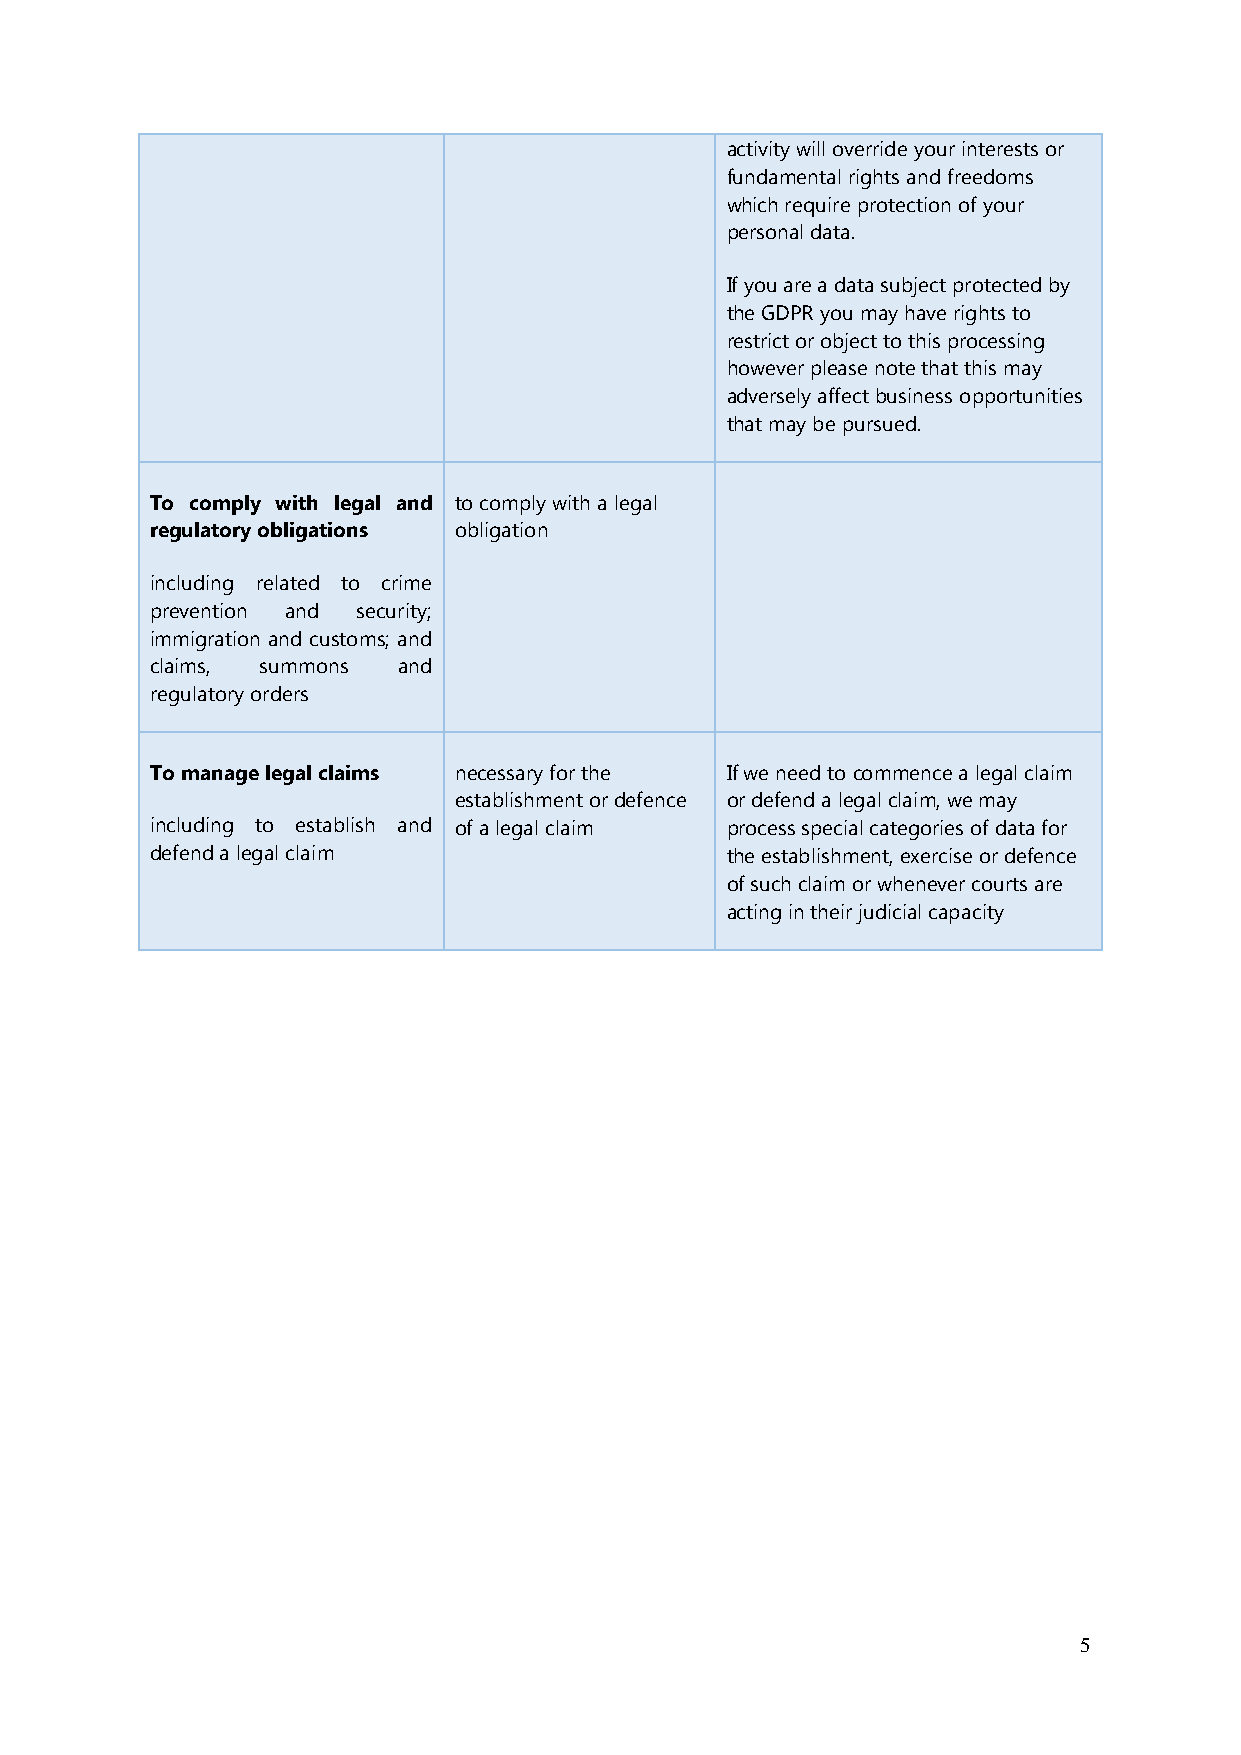
activity will override your interests or
 fundamental rights and freedoms
 which require protection of your
 personal data.
 If you are a data subject protected by
 the GDPR you may have rights to
 restrict or object to this processing
 however please note that this may
 adversely affect business opportunities
 that may be pursued.
 To comply with legal and to comply with a legal
 regulatory obligations obligation
 including related to crime
 prevention and security;
 immigration and customs; and
 claims, summons and
 regulatory orders
 To manage legal claims necessary for the If we need to commence a legal claim
 establishment or defence or defend a legal claim, we may
 including to establish and of a legal claim process special categories of data for
 defend a legal claim                  the establishment, exercise or defence
 of such claim or whenever courts are
 acting in their judicial capacity
 5